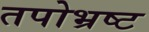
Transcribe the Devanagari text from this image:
तपोभ्रष्ट